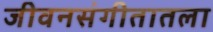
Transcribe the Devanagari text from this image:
जीवनसंगीतातला